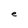
Character: e